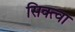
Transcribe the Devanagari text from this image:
सिक्त्वा